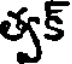
త్వక్